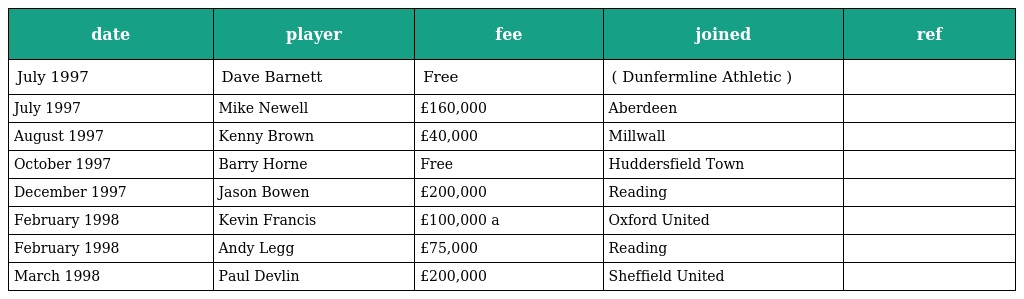
| date | player | fee | joined | ref |
 | --- | --- | --- | --- | --- |
 | July 1997 | Dave Barnett | Free | ( Dunfermline Athletic ) |  |
 | July 1997 | Mike Newell | £160,000 | Aberdeen |  |
 | August 1997 | Kenny Brown | £40,000 | Millwall |  |
 | October 1997 | Barry Horne | Free | Huddersfield Town |  |
 | December 1997 | Jason Bowen | £200,000 | Reading |  |
 | February 1998 | Kevin Francis | £100,000 a | Oxford United |  |
 | February 1998 | Andy Legg | £75,000 | Reading |  |
 | March 1998 | Paul Devlin | £200,000 | Sheffield United |  |